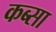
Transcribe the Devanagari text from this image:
कब्सा